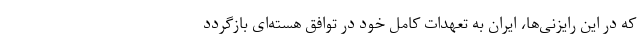
که در این رایزنی‌ها، ایران به تعهدات کامل خود در توافق هسته‌ای بازگردد